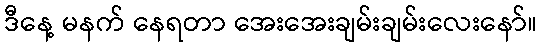
ဒီနေ့ မနက် နေရတာ အေးအေးချမ်းချမ်းလေးနော်။